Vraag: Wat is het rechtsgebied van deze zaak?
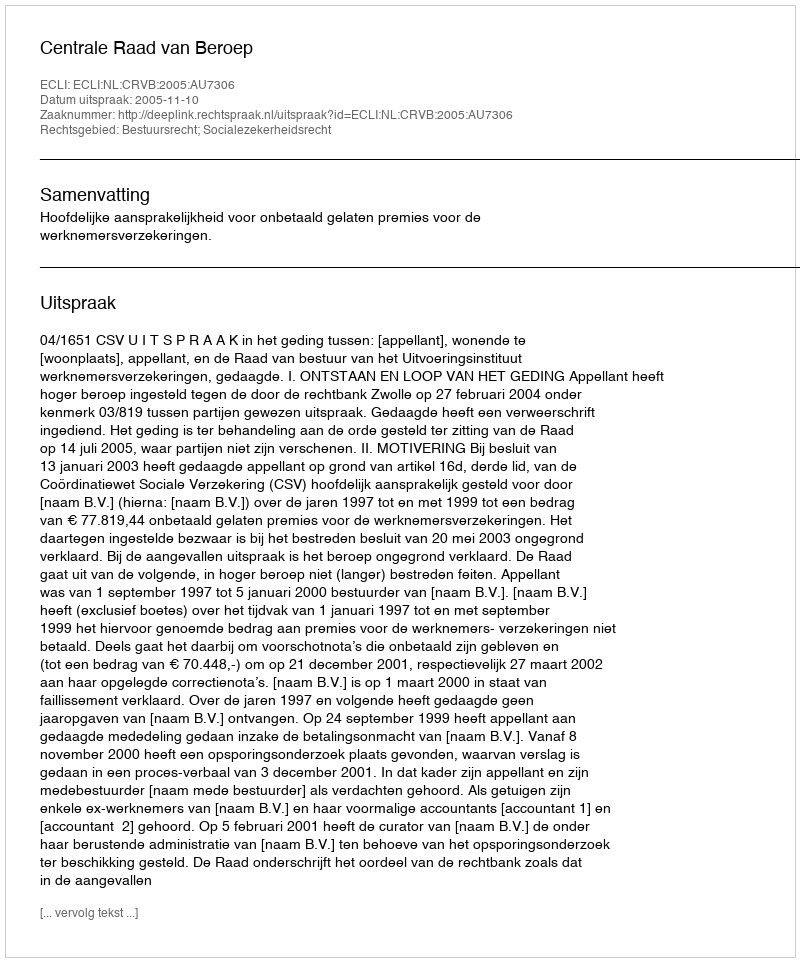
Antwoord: Bestuursrecht; Socialezekerheidsrecht